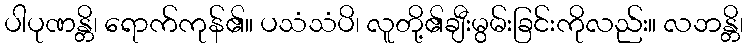
ပါပုဏန္တိ၊ ရောက်ကုန်၏။ ပသံသံပိ၊ လူတို့၏ချီးမွမ်းခြင်းကိုလည်း။ လဘန္တိ၊